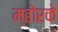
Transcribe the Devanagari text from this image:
म्होरके